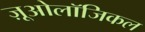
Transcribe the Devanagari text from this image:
ज़ूओलॉजिकल